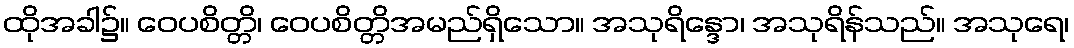
ထိုအခါ၌။ ဝေပစိတ္တိ၊ ဝေပစိတ္တိအမည်ရှိသော။ အသုရိန္ဒော၊ အသုရိန်သည်။ အသုရေ၊